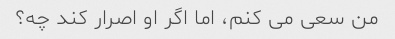
من سعی می کنم، اما اگر او اصرار کند چه؟